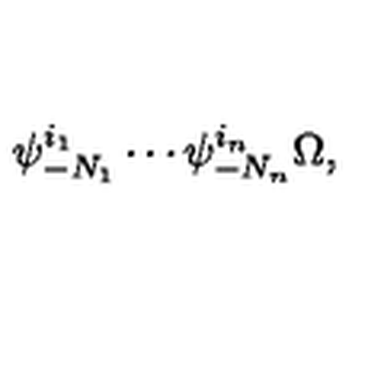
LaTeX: \psi _ { - N _ { 1 } } ^ { i _ { 1 } } \cdots \psi _ { - N _ { n } } ^ { i _ { n } } \Omega ,